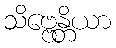
သိဗ္ဗေန္တိယာ